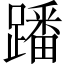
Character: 蹯